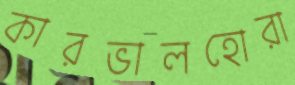
কারভালহোরা